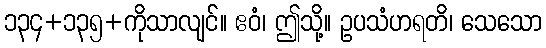
၁၃၄+၁၃၅+ကိုသာလျင်။ ဧဝံ၊ ဤသို့။ ဥပသံဟရတိ၊ သေသော